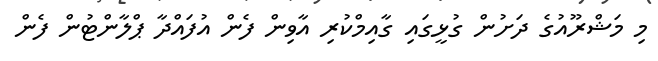
މި މަޝްރޫއުގެ ދަށުން ގުޅީގައި ގާއިމްކުރި އާވިން ފެން އުފައްދާ ޕްލާންޓުން ފެން